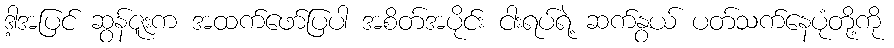
ဒါ့အပြင် ဆွန်ဇူးက အထက်ဖော်ပြပါ အစိတ်အပိုင်း ငါးရပ်ရဲ့ ဆက်နွယ် ပတ်သက်နေပုံတို့ကို